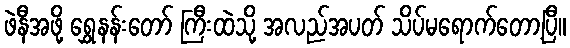
ဖဲနီအဖို့ ရွှေနန်းတော် ကြီးထဲသို့ အလည်အပတ် သိပ်မရောက်တော့ပြီ။